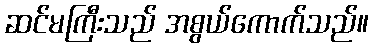
ဆင်မကြီးသည် အစွယ်ကောက်သည်။